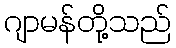
ဂျာမန်တို့သည်